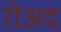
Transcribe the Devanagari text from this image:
रोअद